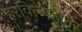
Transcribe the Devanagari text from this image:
हरविल्यानंतर